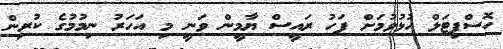
ހޮސްޕިޓަލް ހުޅުވުމަށް ފަހު ރައީސް ޔާމީން ވަނީ މި އަހަރު ނިމުމުގެ ކުރިން